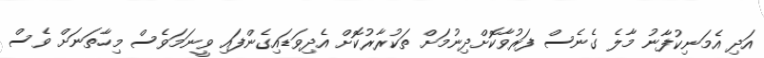
އަދި އެމަނިކުފާނު މާލެ ގެނެސް ފަރުވާކޮށްދިނުމަށް ތަކުރާރުކޮށް އެދިވަޑައިގެންފައި ވީނަމަވެސް މިހާތަނަށް ވެސް